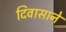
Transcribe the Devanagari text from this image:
दिवासाने